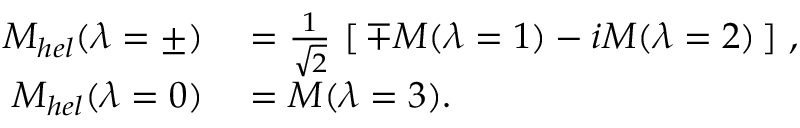
\begin{array} { r l } { { { \cal M } _ { h e l } ( \lambda = \pm ) } } & { { } { { } = \frac { 1 } { \sqrt { 2 } } \, \left[ \, \mp { \cal M } ( \lambda = 1 ) - i { \cal M } ( \lambda = 2 ) \, \right] \, , } } \\ { { { \cal M } _ { h e l } ( \lambda = 0 ) } } & { { } { { } = { \cal M } ( \lambda = 3 ) . } } \end{array}